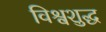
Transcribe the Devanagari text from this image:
विश्वशुद्ध